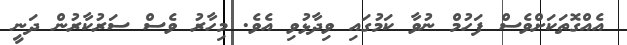
އެއްގޮތަކަށްވެސް ފަހުމް ނުވާ ކަމުގައި ވިދާޅުވި އެވެ. މިހާރު ވެސް ސަރުކާރުން ދަނީ